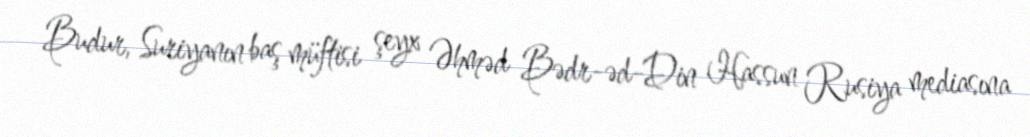
Budur, Suriyanın baş müftisi şeyx Əhməd Bədr-əd-Din Hassun Rusiya mediasına